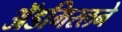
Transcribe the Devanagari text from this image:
ॲडमिरलने